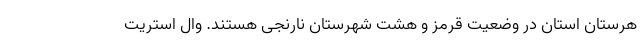
هرستان استان در وضعیت قرمز و هشت شهرستان نارنجی هستند. وال استریت